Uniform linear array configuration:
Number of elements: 32
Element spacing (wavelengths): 1
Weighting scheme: hann
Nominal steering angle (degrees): -15
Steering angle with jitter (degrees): -16.646
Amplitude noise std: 0.05
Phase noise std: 0.05

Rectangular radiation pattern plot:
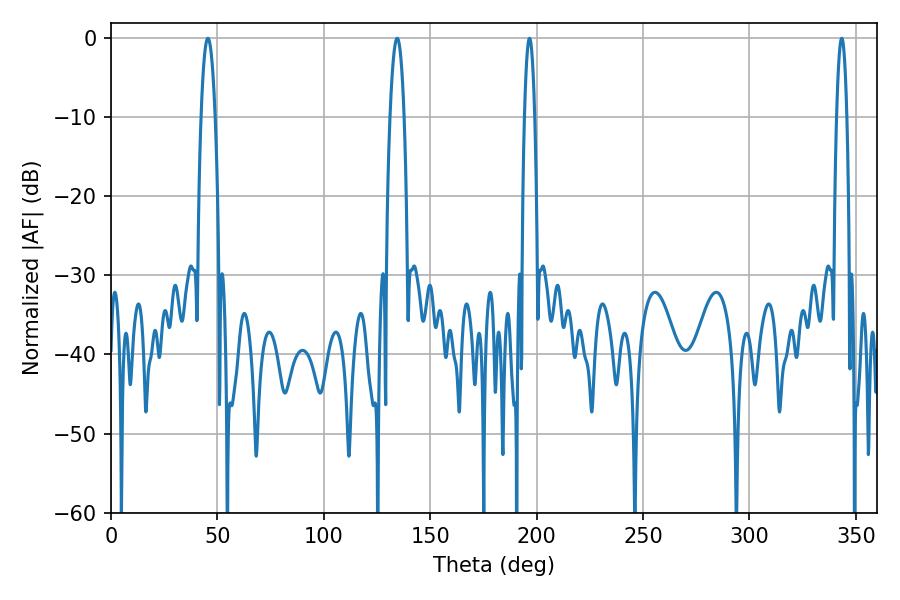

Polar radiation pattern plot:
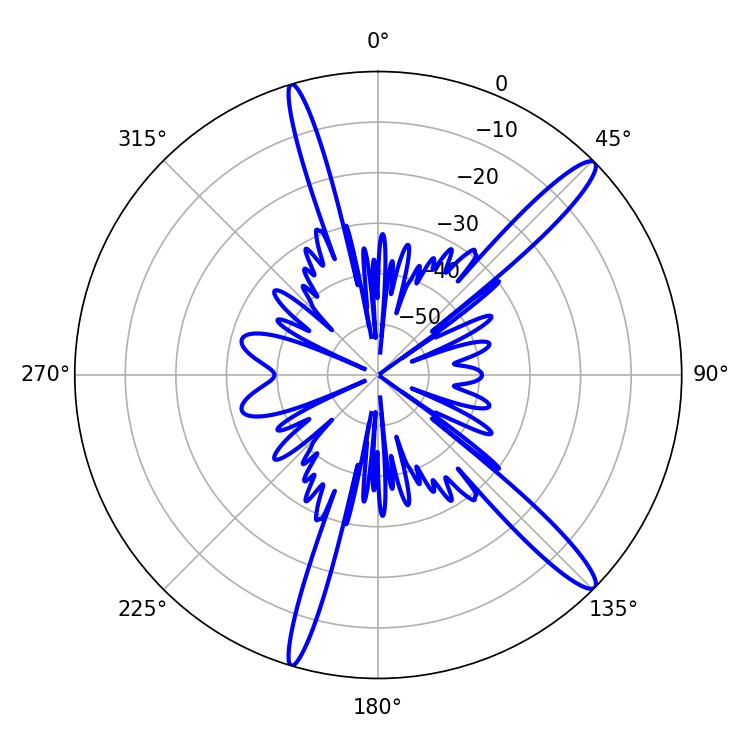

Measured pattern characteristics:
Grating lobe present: TRUE
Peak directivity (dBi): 14.576
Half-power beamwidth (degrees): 3.6
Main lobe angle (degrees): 45.54